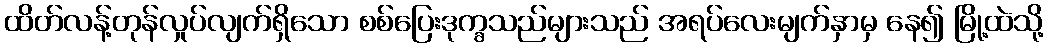
ထိတ်လန့်တုန်လှုပ်လျက်ရှိသော စစ်ပြေးဒုက္ခသည်များသည် အရပ်လေးမျက်နှာမှ နေ၍ မြို့ထဲသို့